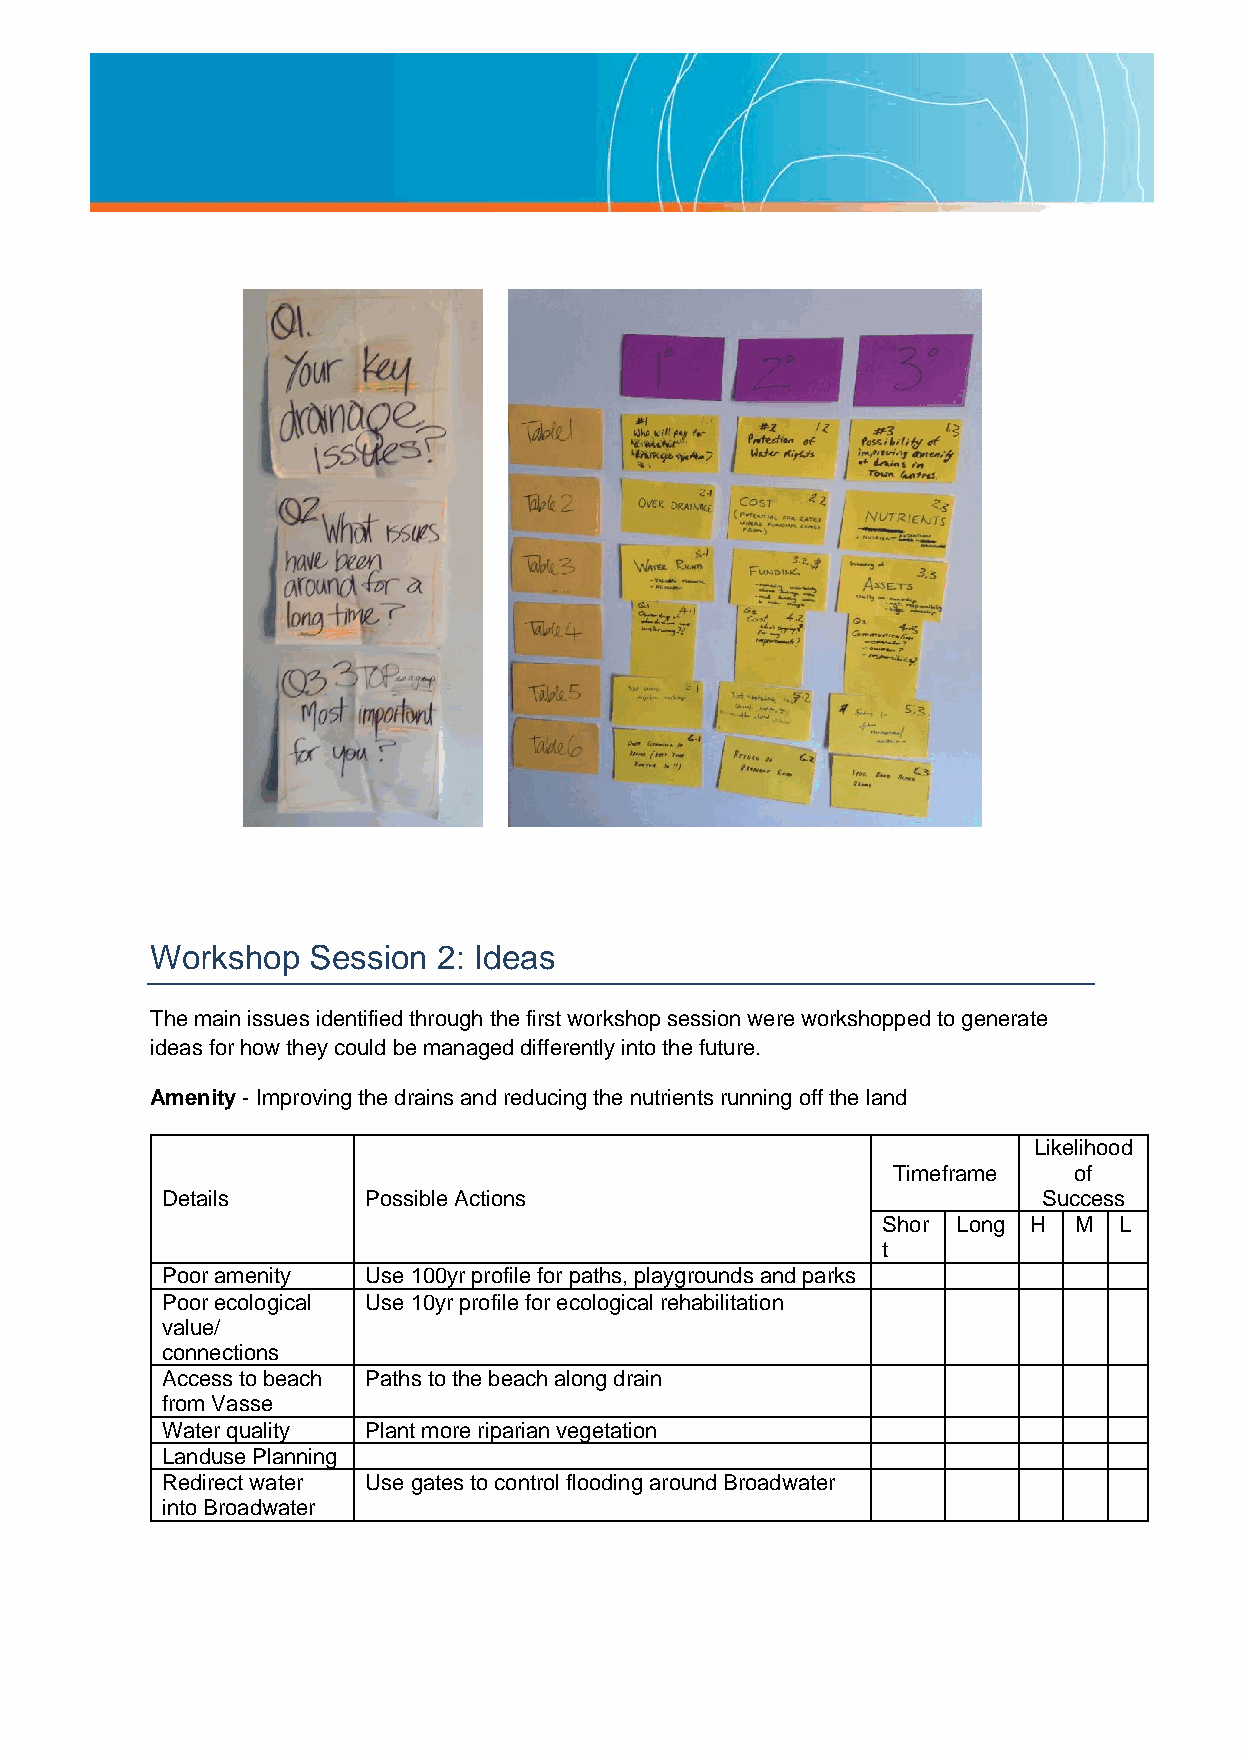
Workshop  Session  2: Ideas
 The main issues identified through the first workshop session were workshopped to generate
 ideas for how they could be managed differently into the future.
 Amenity - Improving the drains and reducing the nutrients running off the land
 Likelihood
 Timeframe   of
 Details      Possible Actions                             Success
 Shor Long H  M  L
 t
 Poor amenity Use 100yr profile for paths, playgrounds and parks
 Poor ecological Use 10yr profile for ecological rehabilitation
 value/
 connections
 Access to beach Paths to the beach along drain
 from Vasse
 Water quality Plant more riparian vegetation
 Landuse Planning
 Redirect water Use gates to control flooding around Broadwater
 into Broadwater